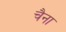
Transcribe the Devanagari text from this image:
चैना